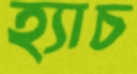
হ্যাচ